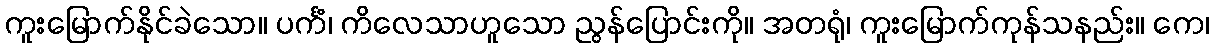
ကူးမြောက်နိုင်ခဲသော။ ပင်္ကံ၊ ကိလေသာဟူသော ညွန်ပြောင်းကို။ အတရုံ၊ ကူးမြောက်ကုန်သနည်း။ ကေ၊